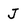
Character: J